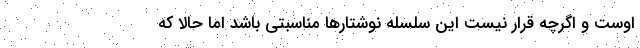
اوست و اگرچه قرار نیست این سلسله نوشتارها مناسبتی باشد اما حالا که